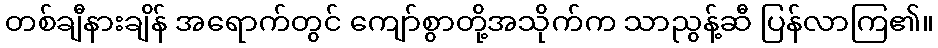
တစ်ချီနားချိန် အရောက်တွင် ကျော်စွာတို့အသိုက်က သာညွန့်ဆီ ပြန်လာကြ၏။